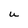
Character: U